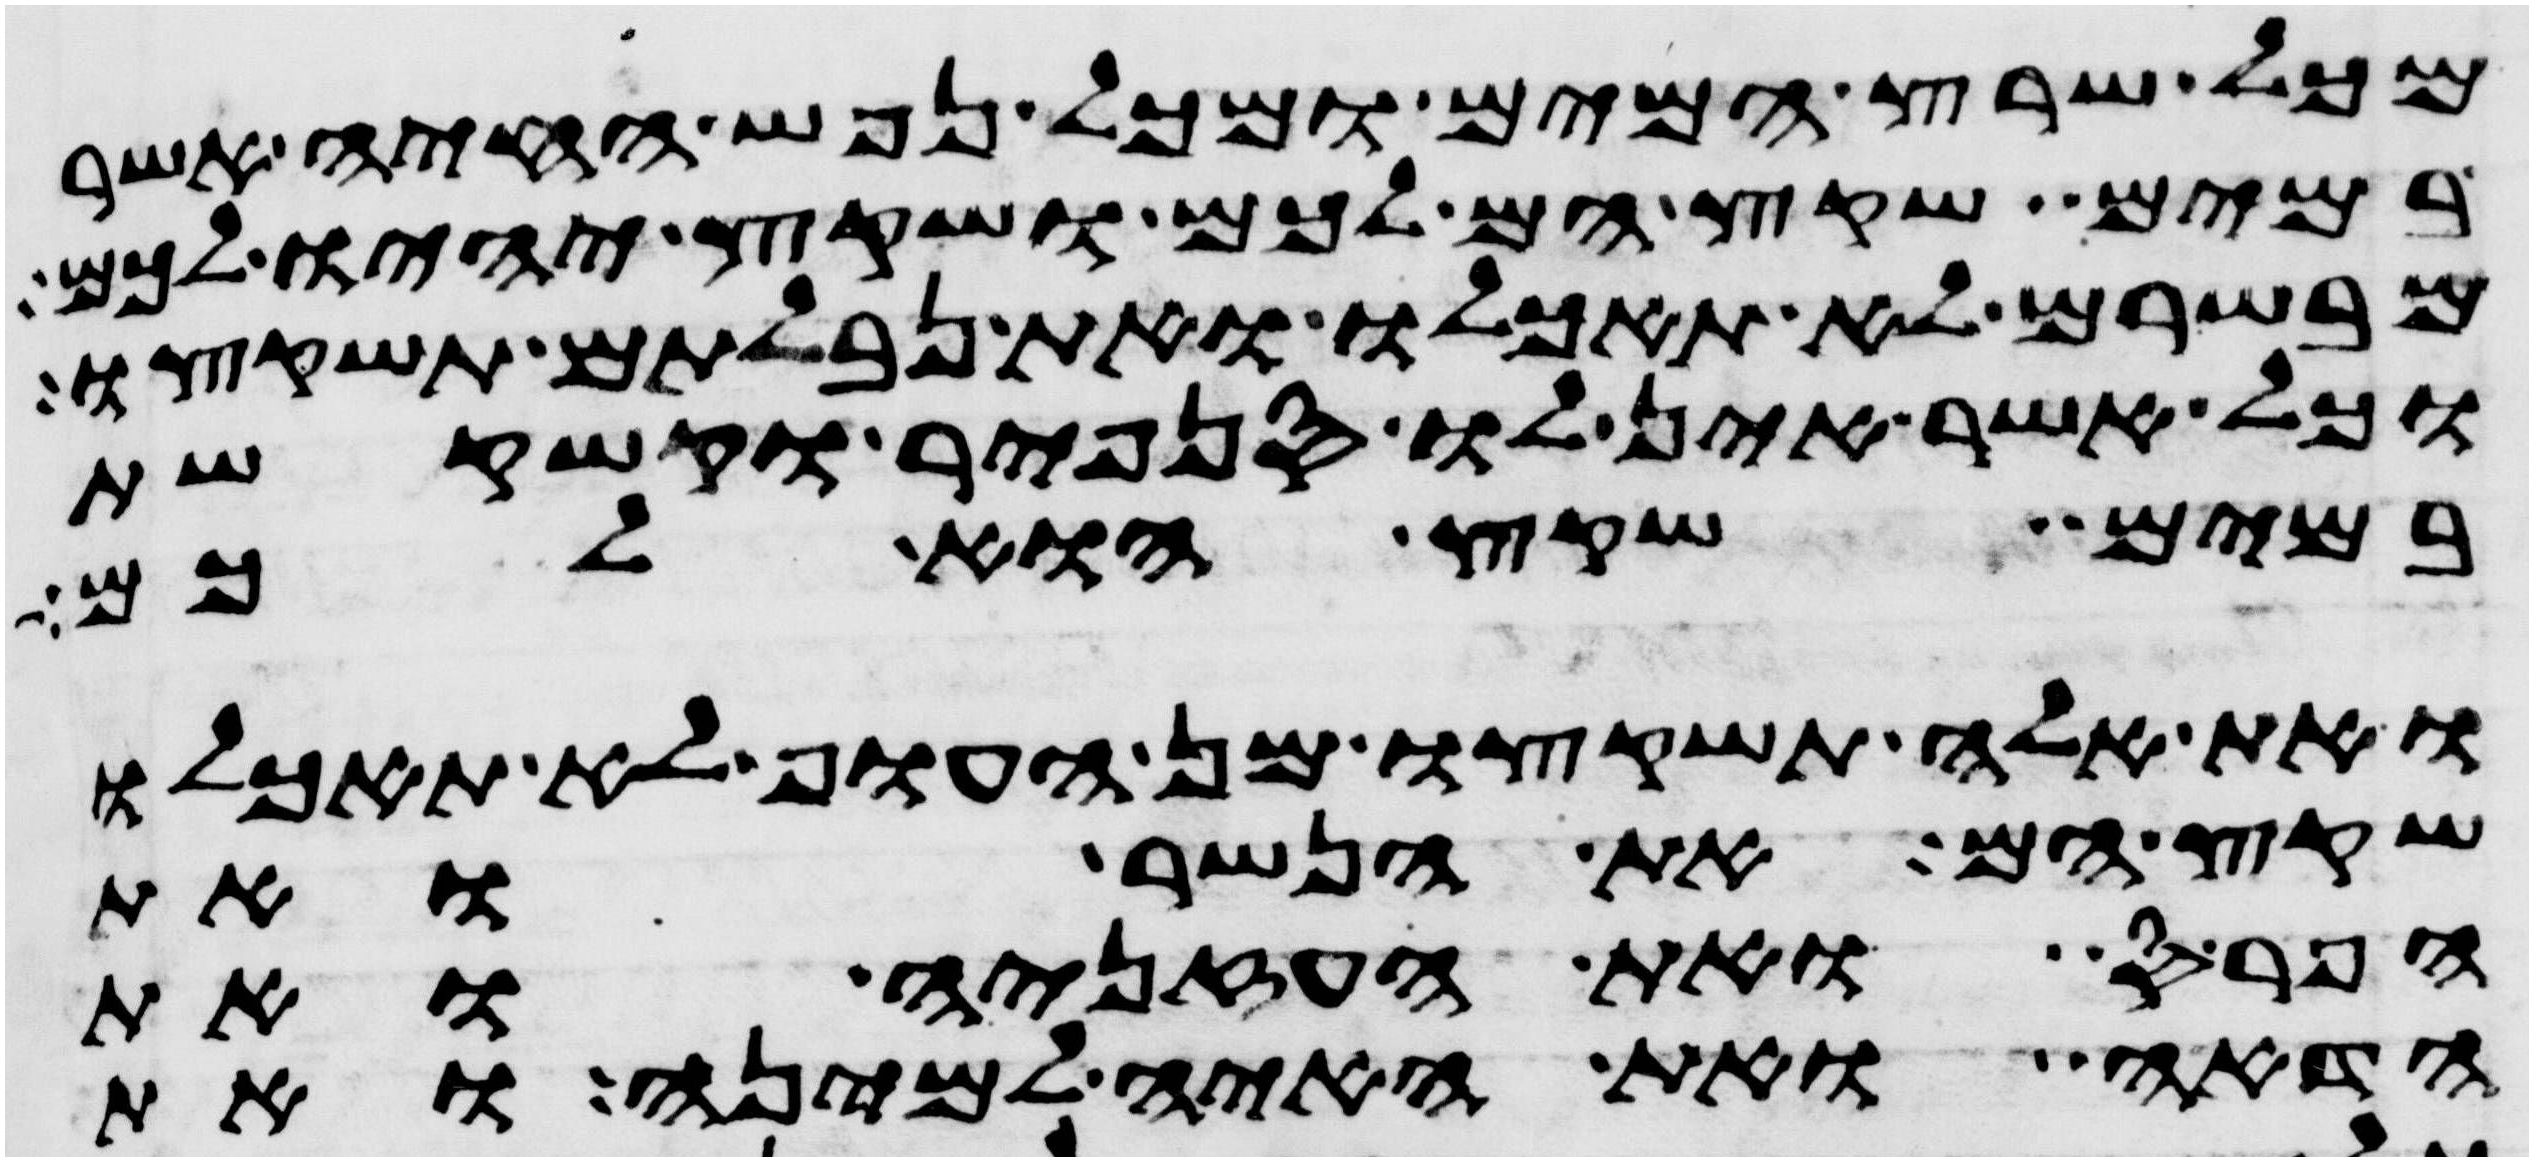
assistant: מכל שרץ המים ומכל נפש החיה אשר
במים שקץ הם לכם ושקץ יהיו לכם
מבשרם לא תאכלו ואת נבלתם תשקצו
וכל אשר אין לו סנפיר וקשקשת
במים שקץ הוא לכם
ואת אלה תשקצו מן העוף לא תאכלו
שקץ הם את הנשר ואת
הפרס ואת העזניה ואת
הדאה ואת האיה למינה ואת